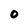
Character: 0